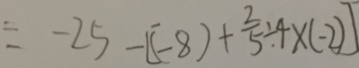
= - 2 5 - [ ( - 8 ) + \frac { 2 } { 5 } \div 4 \times ( - 2 ) ]